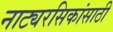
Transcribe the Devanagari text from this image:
नाट्यरसिकांसाठी